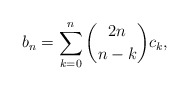
\begin{align*}b_n = \sum_{k=0}^n\binom{2n}{n-k}c_k,\end{align*}